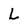
Character: L